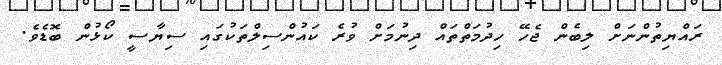
ރައްޔިތުންނަށް ލިބެން ޖެހޭ ހިދުމަތްތައް ދިނުމަށް ވުރެ ކައުންސިލްތަކުގައި ސިޔާސީ ކޯޅުން ބޮޑެވެ.